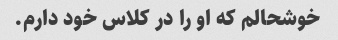
خوشحالم که او را در کلاس خود دارم.